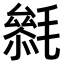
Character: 𣯺